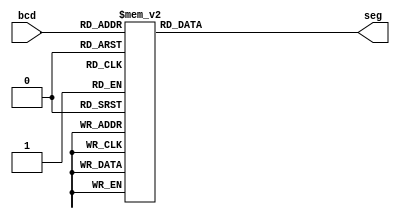
// Code your design here
module bcdto7segment(
     bcd,
     seg
    );
     
     input [3:0] bcd;
     output [6:0] seg;
     reg [6:0] seg;

    always @(bcd)
    begin
        case (bcd)
            0 : seg = 7'b0000001;
            1 : seg = 7'b1001111;
            2 : seg = 7'b0010010;
            3 : seg = 7'b0000110;
            4 : seg = 7'b1001100;
            5 : seg = 7'b0100100;
            6 : seg = 7'b0100000;
            7 : seg = 7'b0001111;
            8 : seg = 7'b0000000;
            9 : seg = 7'b0000100;
            default : seg = 7'b1111111; 
        endcase
    end
endmodule